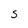
Character: S